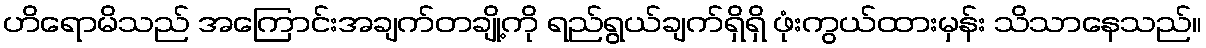
ဟိရောမိသည် အကြောင်းအချက်တချို့ကို ရည်ရွယ်ချက်ရှိရှိ ဖုံးကွယ်ထားမှန်း သိသာနေသည်။